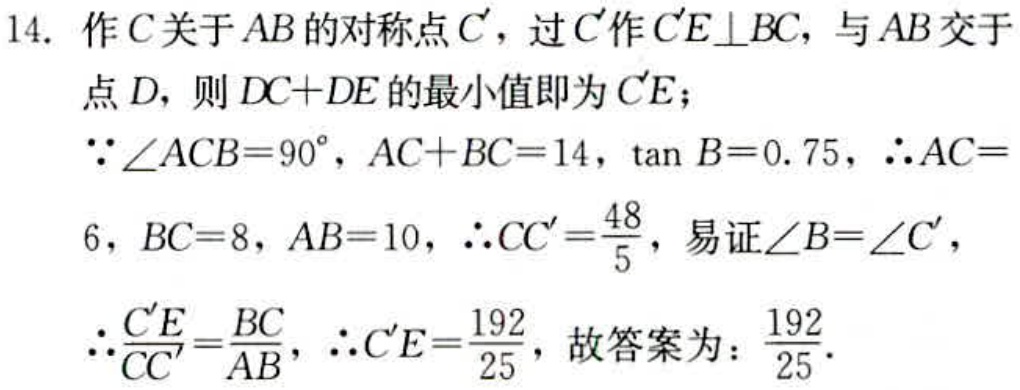
14. 作\(C\)关于\(AB\)的对称点\(C'\)，过\(C'\)作\(C'E\perp BC\)，与\(AB\)交于
点\(D\)，则\(DC + DE\)的最小值即为\(C'E\)；
\(\because\angle ACB = 90^{\circ}\)，\(AC + BC = 14\)，\(\tan B = 0.75\)，\(\therefore AC = \)
\(6\)，\(BC = 8\)，\(AB = 10\)，\(\therefore CC'=\frac{48}{5}\)，易证\(\angle B=\angle C'\)，
\(\therefore\frac{C'E}{CC'}=\frac{BC}{AB}\)，\(\therefore C'E=\frac{192}{25}\)，故答案为：\(\frac{192}{25}\)．